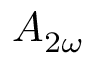
A _ { 2 \omega }